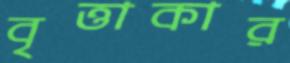
বৃত্তাকার